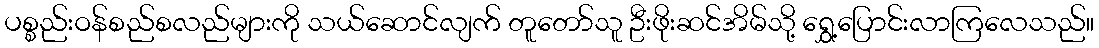
ပစ္စည်းဝန်စည်စလည်များကို သယ်ဆောင်လျက် တူတော်သူ ဦးဖိုးဆင်အိမ်သို့ ရွှေ့ပြောင်းလာကြလေသည်။